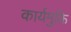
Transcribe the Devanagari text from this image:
कार्यमुक्ति